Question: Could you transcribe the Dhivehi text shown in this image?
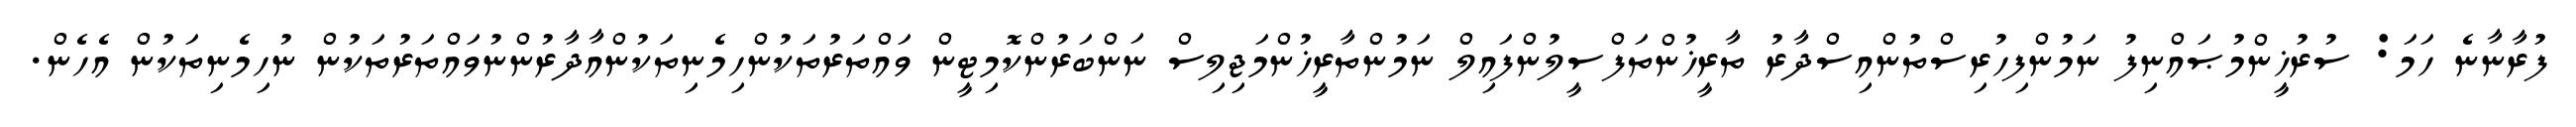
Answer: ފުރާނާނެ ހަމަ: ސުރުޚީންމުޞައްނިފު ނަމުންފިހުރިސްތުންއިސްދާރު ތާރީޚުންތަފްސީލުންފައިލް ނަމުންތާރީޚުންމަޖިލިސް ނަންބަރުންކޮމިޓީން ވައްތަރުތަކުންހިމެނިތަކުންއާދާރުންނުވައްތަރުތަކުން ނުހިމެނިތަކުން އެހެން.